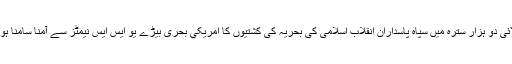
جولائی دو ہزار سترہ میں سپاہ پاسداران انقلاب اسلامی کی بحریہ کی کشتیوں کا امریکی بحری بیڑے یو ایس ایس نیمٹز سے آمنا سامنا ہوا تھا۔